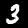
Label: 3